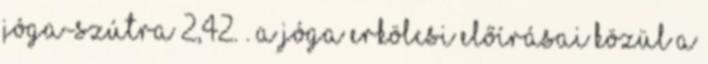
Jóga-Szútra 2,42. . A jóga erkölcsi előírásai közül a